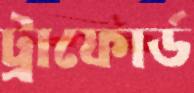
ট্রাফোর্ড